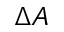
\Delta A